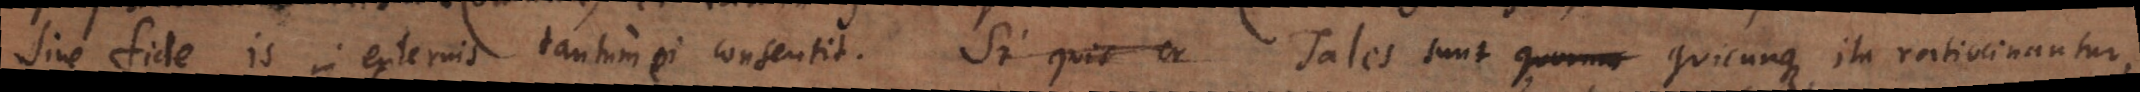
sine fide is in externis tantum ei consentit. Si quis Tales sunt quicunque ita ratiocinantur,